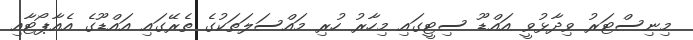
މިނިސްޓަރު ވިދާޅުވީ އައްޑޫ ސިޓީގައި މިހާރު ހުރި މައްސަލަތަކުގެ ތެރޭގައި އައްޑޫގެ އެއާޕޯޓާއި